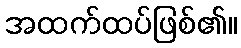
အထက်ထပ်ဖြစ်၏။